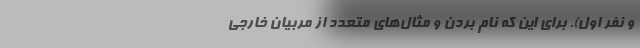
و نفر اول). برای این که نام بردن و مثال‌های متعدد از مربیان خارجی